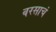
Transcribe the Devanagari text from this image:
वरसाचं